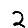
Digit: 2